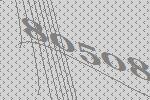
80508